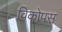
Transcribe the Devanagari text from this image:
विकोपस